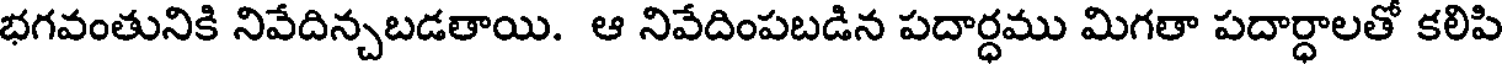
భగవంతునికి నివేదిన్చబడతాయి. ఆ నివేదింపబడిన పదార్ధము మిగతా పదార్ధాలతో కలిపి